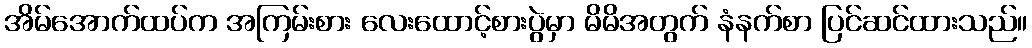
အိမ်အောက်ထပ်က အကြမ်းစား လေးထောင့်စားပွဲမှာ မိမိအတွက် နံနက်စာ ပြင်ဆင်ထားသည်။